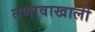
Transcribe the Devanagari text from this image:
तणावाखाली